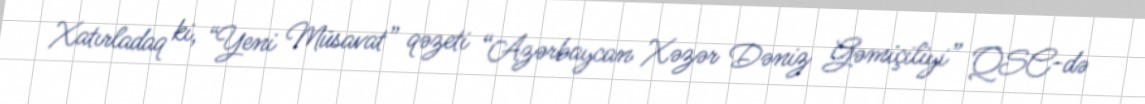
Xatırladaq ki, “Yeni Müsavat” qəzeti “Azərbaycan Xəzər Dəniz Gəmiçiliyi” QSC-də